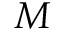
M